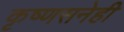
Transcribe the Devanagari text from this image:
कृष्णसनेही